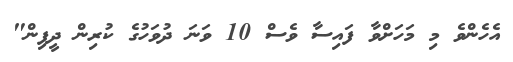
އެހެންވެ މި މަހަށްވާ ފައިސާ ވެސް 10 ވަނަ ދުވަހުގެ ކުރިން ދީފިން"